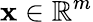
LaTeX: \mathbf{x}\in\mathbb{{R}}^{m}